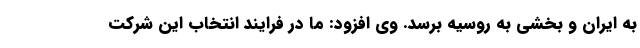
به ایران و بخشی به روسیه برسد. وی افزود: ما در فرایند انتخاب این شرکت